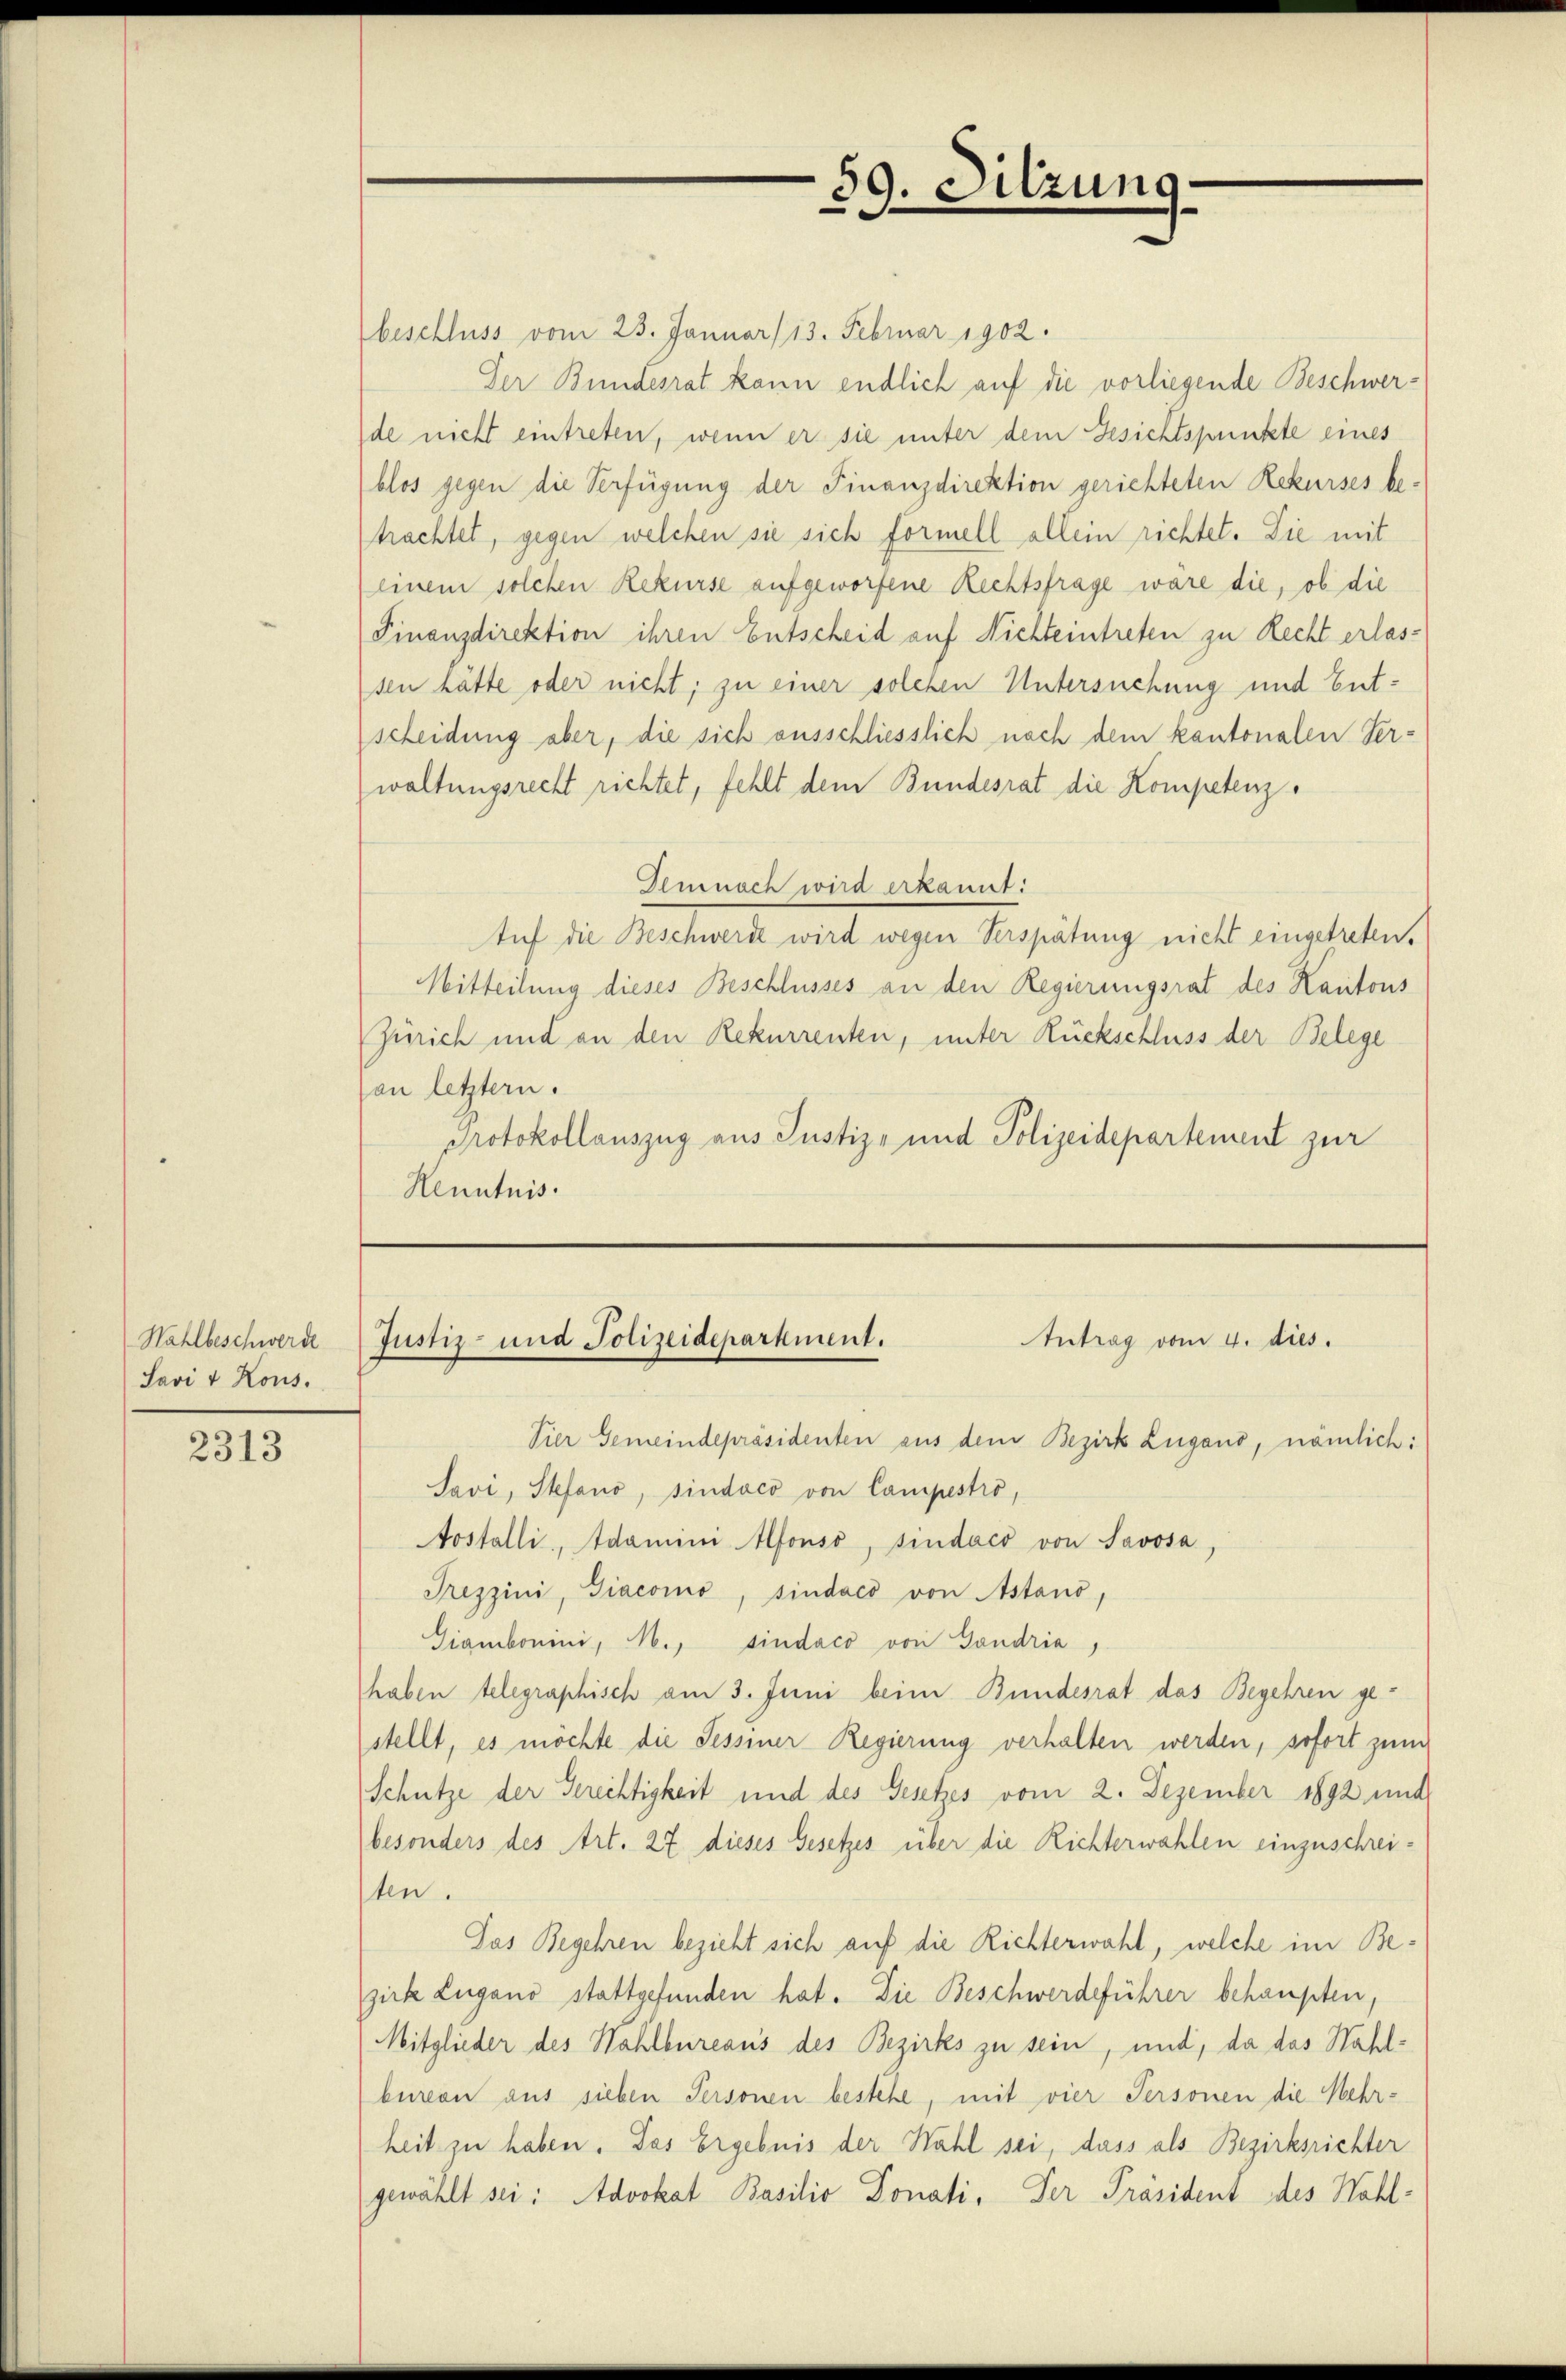
Wahlbeschwerde
Savi & Kous.

2313

beschluss vom 23. Januar) 13. Februar 1902.
Der Bundesrat kann endlich auf die vorliegende Beschwerde nicht eintreten, wenn er sie unter dem Gesichtspunkte eines
blos gegen die Verfügung der Finanzdirektion gerichteten Rekurses behachtet, gegen welchen sie sich formell allein richtet. Die mit
einem solchen Rekurse aufgeworfene Rechtsfrage wäre die, ob die
Finanzdirektion ihren Entscheid auf Nichteintreten zu Recht erlassen hätte oder nicht; zu einer solchen Untersuchung und Entscheidung aber, die sich ausschliesslich nach dem kantonalen Ver-
waltungsrecht richtet, fehlt dem Bundesrat die Kompetenz.
Demnach wird erkannt:
Auf die Beschwerde wird wegen Verspätung nicht eingetreten.
Mitteilung dieses Beschlusses an den Regierungsrat des Kantons
Zürich und an den Rekurrenten, unter Rückschluss der Belege
von letztern.
Protokollauszug aus Justiz- und Polizeidepartement zur
Henntnis.

59. Sitzun

Antrag vom 4. dies.
Justiz- und Polizeidepartment.

Vier Gemeindepräsidenten aus dem Bezirk Zugano, nämlich:
Javi, Stefano, sindaco von Campestro,
Aostalli, Adameni Afonso, sindaco von Savosa,
Treszini, Giacomo, sindaco von Astand,
Giambonini, M., sindaco von Gondria,
haben telegraphisch am 3. Juni beim Bundesrat das Begehren gestellt, es möchte die Sessiner Regierung verhalten werden, sofort zum
Schütze der Gerechtigkeit und des Gesetzes vom 2. Dezember 1892 und
besonders des Art. 27 dieses Gesetzes über die Richterwahlen einzuschreiten.
Das Begehren bezieht sich auf die Richterwahl, welche im Bezirke Zugano stattgefunden hat. Die Beschwerdeführer behaupten,
Mitglieder des Wahlbureaus des Bezirks zu sein, und, da das Wahlbureau aus sieben Personen bestehe, mit vier Personen die Mehrheit zu haben. Das Ergebnis der Wahl sei, dass als Bezirksrichter
gewählt sei: Advokat Basilio Donati, der Präsident des Wahl¬